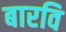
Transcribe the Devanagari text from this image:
बारवि